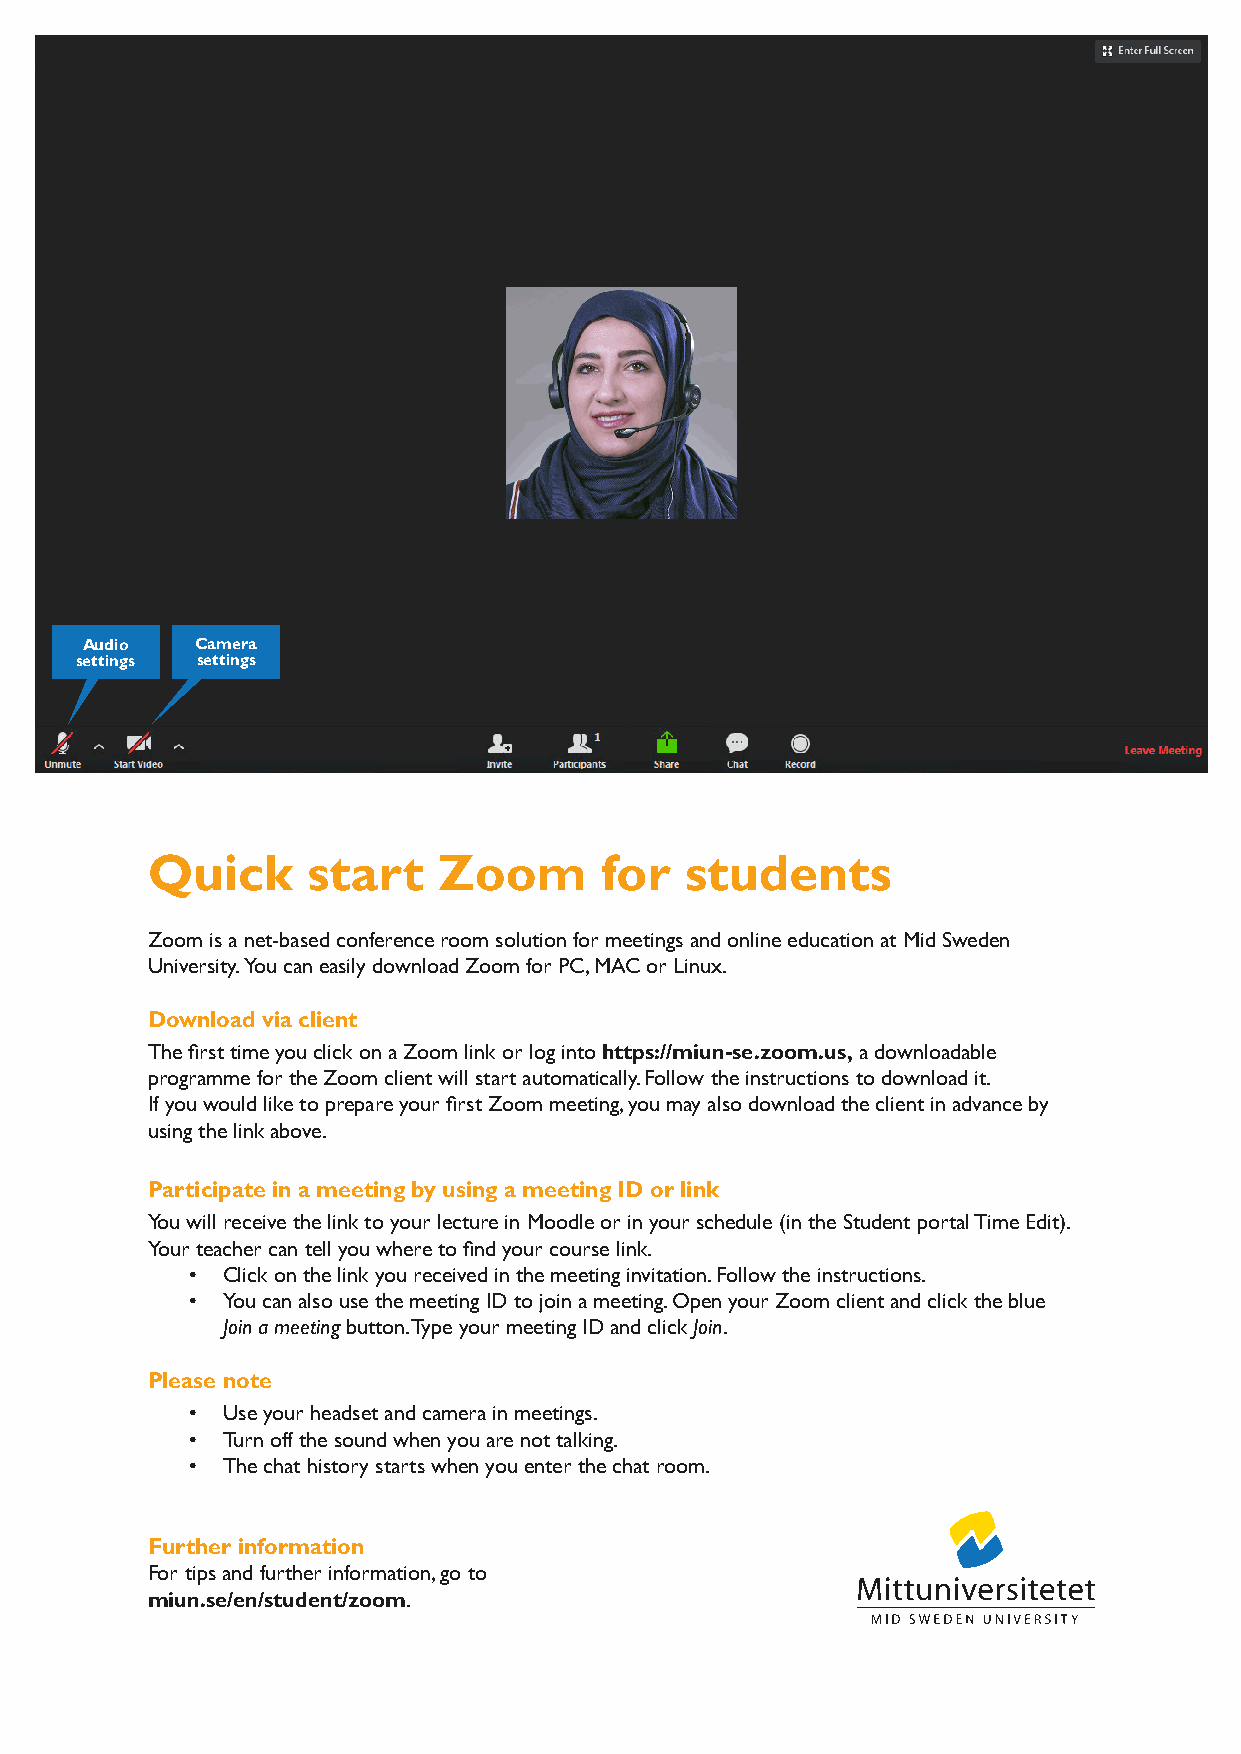
Audio   Camera
 settings settings
 Quick     start    Zoom       for  students
 Zoom is a net-based conference room solution for meetings and online education at Mid Sweden
 University. Y ou can easily download Zoom for PC, MAC or Linux.
 Download via client
 The first time you click on a Zoom link or log into https://miun-se.zoom.us, a downloadable
 programme for the Zoom client will start automatically. Follow the instructions to download it.
 If you would like to prepare your first Zoom meeting, you may also download the client in advance by
 using the link above.
 Participate in a meeting by using a meeting ID or link
 You will receive the link to your lecture in Moodle or in your schedule (in the Student portal Time Edit).
 Your teacher can tell you where to find your course link.
 • Click on the link you received in the meeting invitation. Follow the instructions.
 • You can also use the meeting ID to join a meeting. Open your Zoom client and click the blue
 Join a meeting button. Type your meeting ID and click Join.
 Please note
 • Use your headset and camera in meetings.
 • Turn off the sound when you are not talking.
 • The chat history starts when you enter the chat room.
 Further information
 For tips and further information, go to
 miun.se/en/student/zoom.